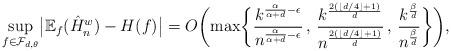
LaTeX: \begin{align*}\sup_{f \in \mathcal{F}_{d,\theta}} \bigl| \mathbb{E}_f(\hat{H}_n^w) - H(f)\bigr| = O \biggl( \max \biggl\{ \frac{k^{\frac{\alpha}{\alpha+d} - \epsilon}}{n^{\frac{\alpha}{\alpha+d} - \epsilon}} \, , \, \frac{k^{\frac{2( \lfloor d/4 \rfloor +1)}{d}}}{n^{\frac{2( \lfloor d/4 \rfloor +1)}{d}}} \, , \, \frac{k^{\frac{\beta}{d}}}{n^{\frac{\beta}{d}}}\biggr\} \biggr),\end{align*}